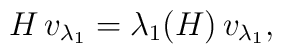
H\, v_{\lambda_{1}}=\lambda_{1}(H)\,v_{\lambda_{1}},